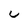
Character: u